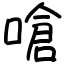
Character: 嗆